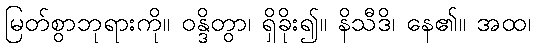
မြတ်စွာဘုရားကို။ ဝန္ဒိတွာ၊ ရှိခိုး၍။ နိသီဒိ၊ နေ၏။ အထ၊